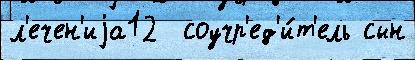
л'ечен'иjа12  соучр'ед'и́т'ель сын